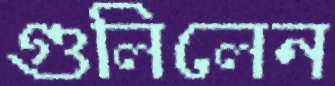
গুলিলেন